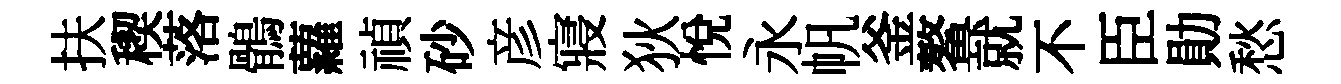
扶稧落鶻蘿禎砂彦寢狄悦永帆釜鳌就不臣勛愁